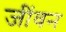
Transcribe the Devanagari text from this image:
जींवन